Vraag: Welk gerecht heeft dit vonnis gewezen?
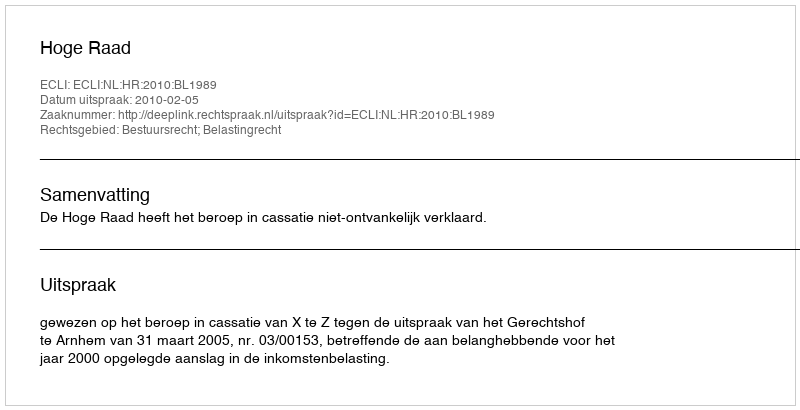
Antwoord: Hoge Raad